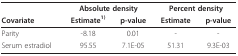
<table><thead><tr><td></td><td colspan="2"><b>Absolute density</b></td><td colspan="2"><b>Percent density</b></td></tr><tr><td><b>Covariate</b></td><td><b>Estimate<sup>1)</sup></b></td><td><b>p-value</b></td><td><b>Estimate</b></td><td><b>p-value</b></td></tr></thead><tbody><tr><td>Parity</td><td>-8.18</td><td>0.01</td><td>-</td><td>-</td></tr><tr><td>Serum estradiol</td><td>95.55</td><td>7.1E-05</td><td>51.31</td><td>9.3E-03</td></tr></tbody></table>